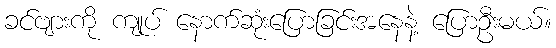
ခင်ဗျားကို ကျုပ် နောက်ဆုံးပြောခြင်းအနေနဲ့ ပြောဦးမယ်။